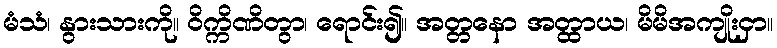
မံသံ၊ နွားသားကို။ ဝိက္ကိဏိတွာ၊ ရောင်း၍။ အတ္တနော အတ္ထာယ၊ မိမိအကျိုးငှာ။